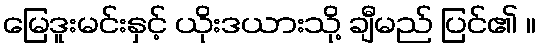
မြေဒူးမင်းနှင့် ယိုးဒယားသို့ ချီမည် ပြင်၏ ။